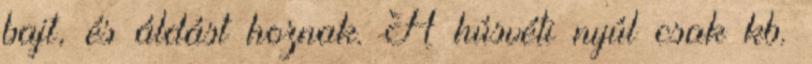
bajt, és áldást hoznak. A húsvéti nyúl csak kb.